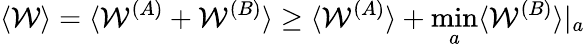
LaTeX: \langle\mathcal{W}\rangle=\langle\mathcal{W}^{(A)}+\mathcal{W}^{(B)}\rangle\geq\langle\mathcal{W}^{(A)}\rangle+\operatorname*{min}_{a}\langle\mathcal{W}^{(B)}\rangle|_{a}